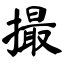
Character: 撮